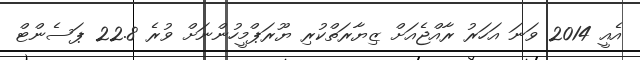
އެއީ 2014 ވަނަ އަހަރު ރާއްޖެއަށް ޒިޔާރަތްކުރި ޔޫރަޕްމީހުންނަށް ވުރެ 22.8 ޕަސެންޓް